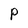
Character: P